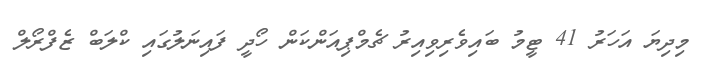
މިދިޔަ އަހަރު 41 ޓީމު ބައިވެރިވިއިރު ޗެމްޕިއަންކަން ހޯދީ ފައިނަލުގައި ކްލަބް ޒެފްރޯލް